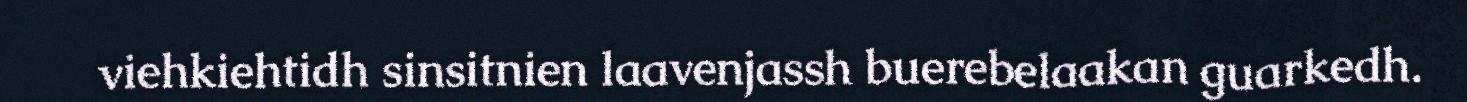
viehkiehtidh sinsitnien laavenjassh buerebelaakan guarkedh.